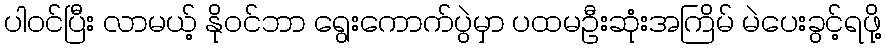
ပါဝင်ပြီး လာမယ့် နိုဝင်ဘာ ရွေးကောက်ပွဲမှာ ပထမဦးဆုံးအကြိမ် မဲပေးခွင့်ရဖို့